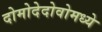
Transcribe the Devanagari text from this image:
दोमोदेदोवोमध्ये